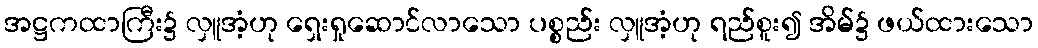
အဋ္ဌကထာကြီး၌ လှူအံ့ဟု ရှေးရှုဆောင်လာသော ပစ္စည်း လှူအံ့ဟု ရည်စူး၍ အိမ်၌ ဖယ်ထားသော